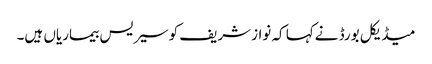
میڈیکل بورڈ نےکہا کہ نوازشریف کوسیریس بیماریاں ہیں۔